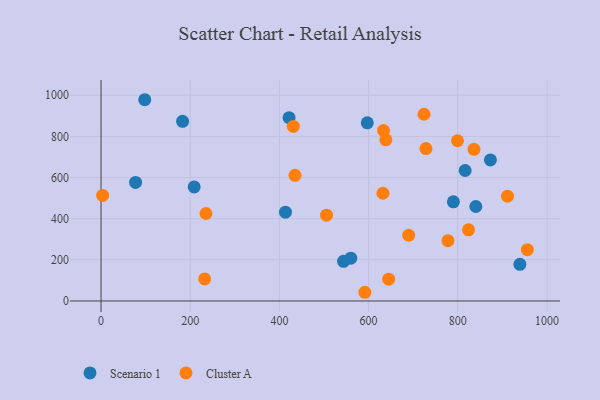
{"axis": {"x": "Ad Spend", "y": "Yield"}, "legend": ["Cluster A", "Scenario 1"], "data": [{"x": "939.3", "y": 178.1, "type": "Scenario 1"}, {"x": "597.1", "y": 865.9, "type": "Scenario 1"}, {"x": "182.9", "y": 873.5, "type": "Scenario 1"}, {"x": "208.9", "y": 554.6, "type": "Scenario 1"}, {"x": "816.5", "y": 634.3, "type": "Scenario 1"}, {"x": "560.1", "y": 208.0, "type": "Scenario 1"}, {"x": "790.2", "y": 482.0, "type": "Scenario 1"}, {"x": "840.5", "y": 459.3, "type": "Scenario 1"}, {"x": "543.8", "y": 192.6, "type": "Scenario 1"}, {"x": "421.7", "y": 891.3, "type": "Scenario 1"}, {"x": "98.0", "y": 978.4, "type": "Scenario 1"}, {"x": "413.6", "y": 431.7, "type": "Scenario 1"}, {"x": "77.5", "y": 576.4, "type": "Scenario 1"}, {"x": "873.2", "y": 685.6, "type": "Scenario 1"}, {"x": "632.2", "y": 523.8, "type": "Cluster A"}, {"x": "633.5", "y": 828.8, "type": "Cluster A"}, {"x": "591.7", "y": 42.3, "type": "Cluster A"}, {"x": "728.7", "y": 740.9, "type": "Cluster A"}, {"x": "778.0", "y": 293.0, "type": "Cluster A"}, {"x": "645.1", "y": 106.1, "type": "Cluster A"}, {"x": "505.8", "y": 417.1, "type": "Cluster A"}, {"x": "3.6", "y": 513.3, "type": "Cluster A"}, {"x": "638.7", "y": 783.3, "type": "Cluster A"}, {"x": "836.4", "y": 737.2, "type": "Cluster A"}, {"x": "911.5", "y": 509.3, "type": "Cluster A"}, {"x": "232.5", "y": 107.4, "type": "Cluster A"}, {"x": "689.9", "y": 319.6, "type": "Cluster A"}, {"x": "235.4", "y": 425.3, "type": "Cluster A"}, {"x": "799.4", "y": 779.0, "type": "Cluster A"}, {"x": "435.0", "y": 611.1, "type": "Cluster A"}, {"x": "431.2", "y": 848.8, "type": "Cluster A"}, {"x": "956.1", "y": 249.4, "type": "Cluster A"}, {"x": "724.3", "y": 907.8, "type": "Cluster A"}, {"x": "824.1", "y": 345.9, "type": "Cluster A"}]}